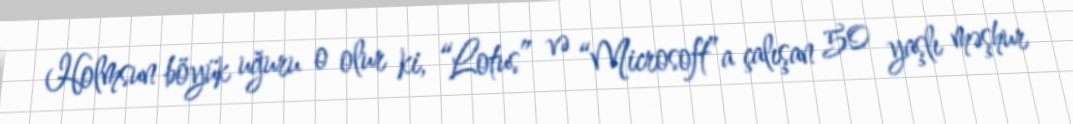
Holmsun böyük uğuru o olur ki, “Lotus” və “Microsoft”a çalışan 50 yaşlı məşhur